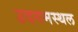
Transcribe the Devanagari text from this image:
उदगमस्थल